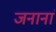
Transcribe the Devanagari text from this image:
जनानां